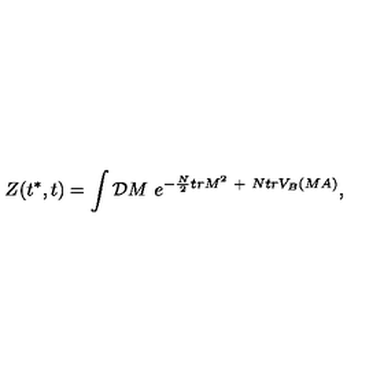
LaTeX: Z ( t ^ { * } , t ) = \int { \cal D } M \ e ^ { - { \frac { N } { 2 } } t r M ^ { 2 } \ + \ N t r V _ { B } ( M A ) } ,